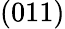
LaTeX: (011)